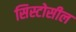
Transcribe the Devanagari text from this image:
सिस्टोसील